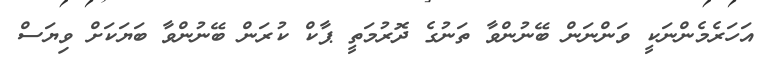
އަހަރެމެންނަކީ ވަންނަން ބޭނުންވާ ތަނުގެ ދޮރުމަތީ ޕާކް ކުރަން ބޭނުންވާ ބަޔަކަށް ވިޔަސް